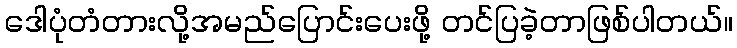
ဒေါပုံတံတားလို့အမည်ပြောင်းပေးဖို့ တင်ပြခဲ့တာဖြစ်ပါတယ်။